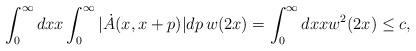
LaTeX: \begin{align*}\int_0^\infty dx x \int_0^\infty |\dot{A}(x, x+p)|dp\, w(2x) = \int_0^\infty dx x w^2(2x) \leq c,\end{align*}